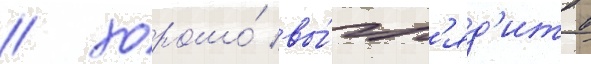
/ хорошо́ вы́гл'яд'ит в